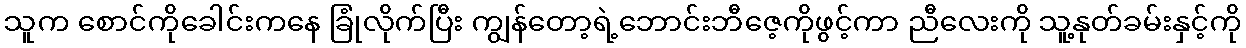
သူက စောင်ကိုခေါင်းကနေ ခြုံလိုက်ပြီး ကျွန်တော့ရဲ့ဘောင်းဘီဇေ့ကိုဖွင့်ကာ ညီလေးကို သူ့နုတ်ခမ်းနှင့်ကို